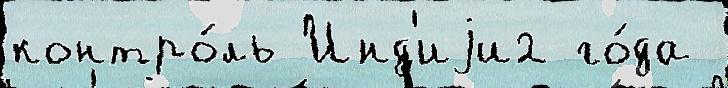
контро́ль Инд'иjи2 го́да